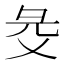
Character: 𢑓